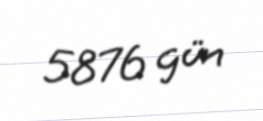
5876 gün